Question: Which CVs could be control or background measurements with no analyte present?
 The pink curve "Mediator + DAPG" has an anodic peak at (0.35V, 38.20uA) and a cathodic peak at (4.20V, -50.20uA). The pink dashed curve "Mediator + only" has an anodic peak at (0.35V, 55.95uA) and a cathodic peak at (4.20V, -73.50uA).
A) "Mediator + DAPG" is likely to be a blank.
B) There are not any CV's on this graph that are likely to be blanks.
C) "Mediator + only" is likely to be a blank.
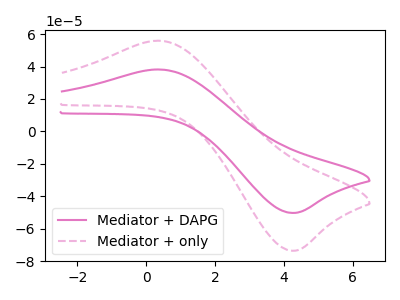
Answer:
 <answer>B) There are not any CV's on this graph that are likely to be blanks.</answer>
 <eval>B</eval>